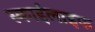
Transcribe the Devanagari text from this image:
स्काईलाइफ